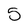
Character: 0